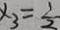
x _ { 3 } = \frac { 1 } { 2 }